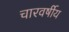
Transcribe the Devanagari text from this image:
चारवर्षीय